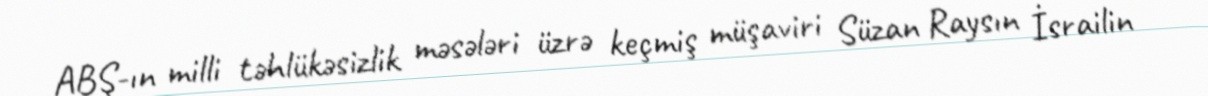
ABŞ-ın milli təhlükəsizlik məsələri üzrə keçmiş müşaviri Süzan Raysın İsrailin